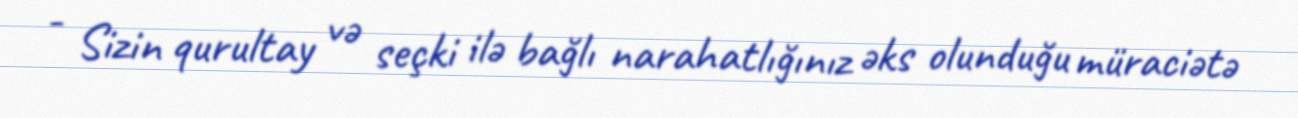
- Sizin qurultay və seçki ilə bağlı narahatlığınız əks olunduğu müraciətə